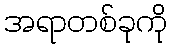
အရာတစ်ခုကို